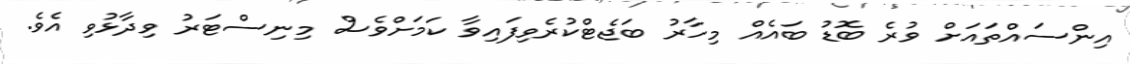
އިންސައްތައަށް ވުރެ ބޮޑު ބައެއް މިހާރު ބަޖެޓްކުރެވިފައިވާ ކަމަށްވެސް މިނިސްޓަރު ވިދާޅުވި އެވެ.